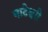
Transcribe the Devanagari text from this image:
नाटेश्वरी